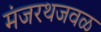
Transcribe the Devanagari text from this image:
मंजरथजवळ